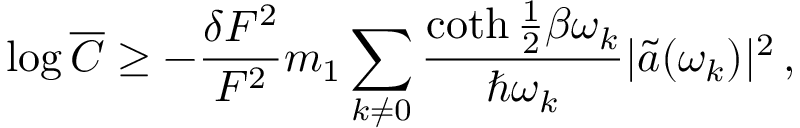
\log \overline { { C } } \ge - \frac { \delta F ^ { 2 } } { F ^ { 2 } } m _ { 1 } \sum _ { k \ne 0 } \frac { \coth \frac 1 2 \beta \omega _ { k } } { \hbar \omega _ { k } } \vert \tilde { a } ( \omega _ { k } ) \vert ^ { 2 } \, ,